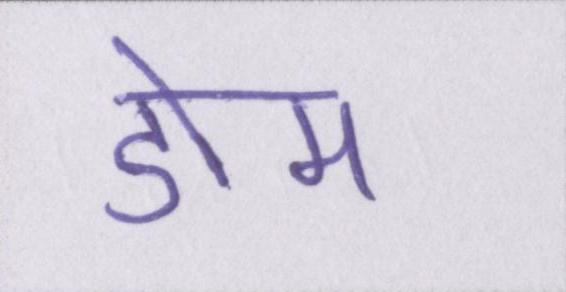
डोम